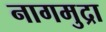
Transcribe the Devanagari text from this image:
नागमुद्रा